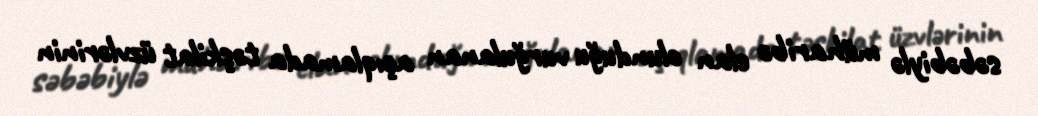
səbəbiylə müharibə elan olunduğu vurğulanan açıqlamada təşkilat üzvlərinin